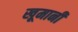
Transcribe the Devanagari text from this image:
खूमानी